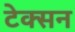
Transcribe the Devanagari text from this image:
टेक्सन